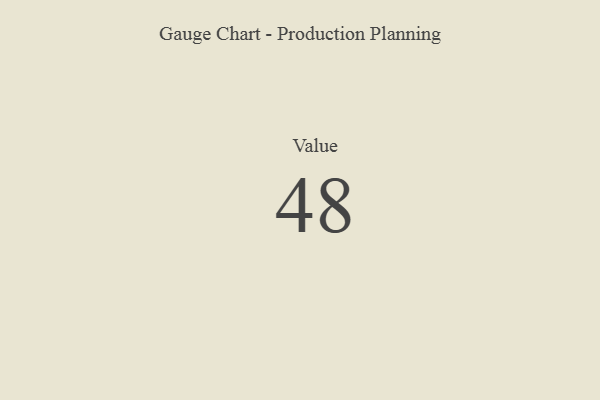
{"axis": {"x": "Metric", "y": "Value"}, "legend": [""], "data": [{"x": "Value", "y": 48, "type": ""}]}